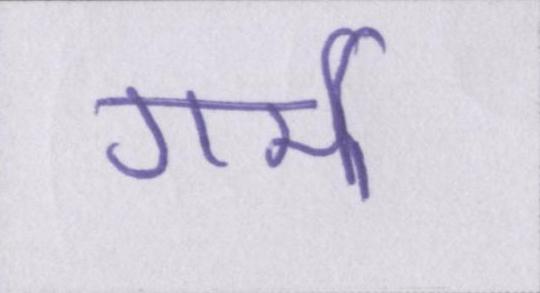
गर्मी